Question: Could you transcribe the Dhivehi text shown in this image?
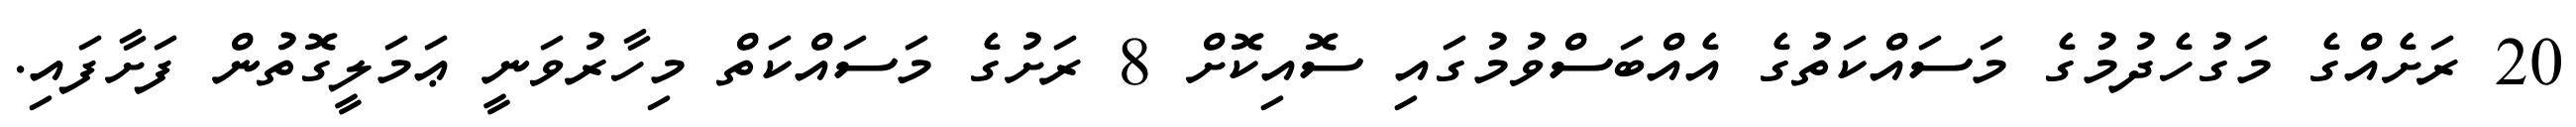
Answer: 20 ރަށެއްގެ މަގުހެދުމުގެ މަސައްކަތުގެ އެއްބަސްވުމުގައި ސޮއިކޮށް 8 ރަށުގެ މަސައްކަތް މިހާރުވަނީ ޢަމަލީގޮތުން ފަށާފައި.